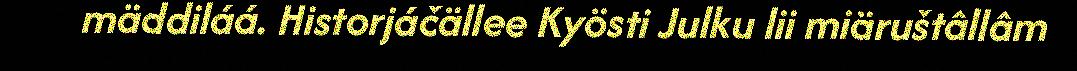
mäddiláá. Historjáčällee Kyösti Julku lii miäruštâllâm